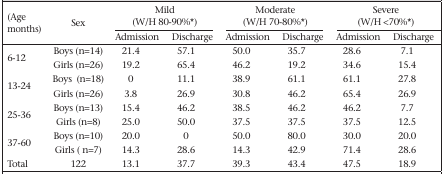
<table><thead><tr><td rowspan="2"><b>(Age months)</b></td><td rowspan="2"><b>Sex</b></td><td colspan="2"><b>Mild (W/H 80-90%∗)</b></td><td colspan="2"><b>Moderate (W/H 70-80%∗)</b></td><td colspan="2"><b>Severe (W/H &lt;70%∗)</b></td></tr><tr><td><b>Admission</b></td><td><b>Discharge</b></td><td><b>Admission</b></td><td><b>Discharge</b></td><td><b>Admission</b></td><td><b>Discharge</b></td></tr></thead><tbody><tr><td rowspan="2">6-12</td><td>Boys (n=14)</td><td>21.4</td><td>57.1</td><td>50.0</td><td>35.7</td><td>28.6</td><td>7.1</td></tr><tr><td>Girls (n=26)</td><td>19.2</td><td>65.4</td><td>46.2</td><td>19.2</td><td>34.6</td><td>15.4</td></tr><tr><td rowspan="2">13-24</td><td>Boys (n=18)</td><td>0</td><td>11.1</td><td>38.9</td><td>61.1</td><td>61.1</td><td>27.8</td></tr><tr><td>Girls (n=26)</td><td>3.8</td><td>26.9</td><td>30.8</td><td>46.2</td><td>65.4</td><td>26.9</td></tr><tr><td rowspan="2">25-36</td><td>Boys (n=13)</td><td>15.4</td><td>46.2</td><td>38.5</td><td>46.2</td><td>46.2</td><td>7.7</td></tr><tr><td>Girls (n=8)</td><td>25.0</td><td>50.0</td><td>37.5</td><td>37.5</td><td>37.5</td><td>12.5</td></tr><tr><td rowspan="2">37-60</td><td>Boys (n=10)</td><td>20.0</td><td>0</td><td>50.0</td><td>80.0</td><td>30.0</td><td>20.0</td></tr><tr><td>Girls (n=7)</td><td>14.3</td><td>28.6</td><td>14.3</td><td>42.9</td><td>71.4</td><td>28.6</td></tr><tr><td>Total</td><td>122</td><td>13.1</td><td>37.7</td><td>39.3</td><td>43.4</td><td>47.5</td><td>18.9</td></tr></tbody></table>